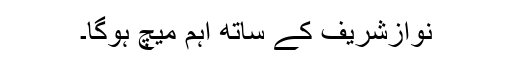
نوازشریف کے ساتھ اہم میچ ہوگا۔